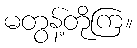
မတွန့်တိုကြ။